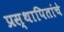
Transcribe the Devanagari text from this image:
प्रस्थापितांचे